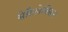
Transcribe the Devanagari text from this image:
सेफ़ैलेक्सिन